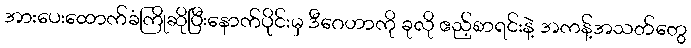
အားပေးထောက်ခံကြိုဆိုပြီးနောက်ပိုင်းမှ ဒီဂေဟာကို ခုလို ဧည့်စာရင်းနဲ့ အကန့်အသတ်တွေ